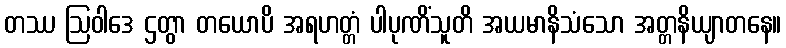
တဿ ဩဝါဒေ ဌတွာ တယောပိ အရဟတ္တံ ပါပုဏိံသူတိ အယမာနိသံသော အတ္တနိယျာတနေ။